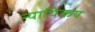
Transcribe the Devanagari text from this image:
न्यायिकय